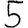
Digit: 5